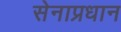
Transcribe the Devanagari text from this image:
सेनाप्रधान